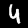
Label: 4